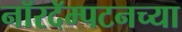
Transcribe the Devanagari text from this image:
नॉरदॅम्पटनच्या